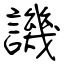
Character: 譏